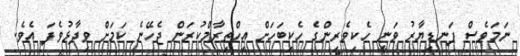
ނަމަވެސް ފަނޑިޔާރު ވަނީ ހެކިވެރިންގެ ހެކިބަހަށް އިހްތިރާމްކުރަން ޖެހޭނެ ކަމަށް ވިދާޅުވެފަ އެވެ.